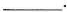
___$$.